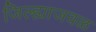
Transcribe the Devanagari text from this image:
जिल्ह्याजवळ